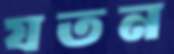
যতন